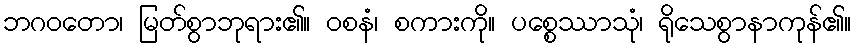
ဘဂဝတော၊ မြတ်စွာဘုရား၏။ ဝစနံ၊ စကားကို။ ပစ္စေဿာသုံ၊ ရိုသေစွာနာကုန်၏။